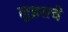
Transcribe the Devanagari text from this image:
लुइसचे